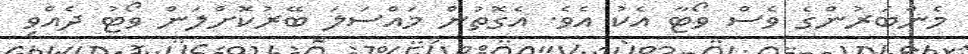
މެންބަރުންގެ ވެސް ވޯޓާ އެކު އެވެ. އެގޮތުން މައްސަލަ ބޭރުކޮށްލަން ވޯޓު ދެއްވި